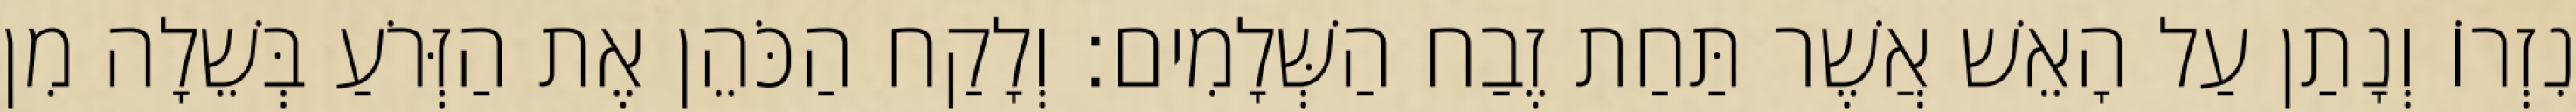
נִזְרוֹ וְנָתַן עַל הָאֵשׁ אֲשֶׁר תַּחַת זֶבַח הַשְּׁלָמִים׃ וְלָקַח הַכֹּהֵן אֶת הַזְּרֹעַ בְּשֵׁלָה מִן